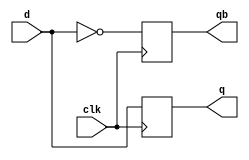
module dff_2out31_0 (d,clk,q,qb );
   input [31:0] d;
   input clk;
   output [31:0] q;
   output [31:0] qb;
   reg 	[31:0]  q;
   reg 	[31:0]  qb;
   
   always @(posedge clk)begin
      q <= d;
      qb <= ~d;
      
      end
endmodule